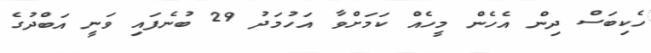
ހެކިބަސް ދިން އެހެން މީހެއް ކަމަށްވާ އަހުމަދު 29 ބުނެފައި ވަނީ އަބްދުގެ